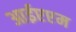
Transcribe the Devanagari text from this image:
आईएएम